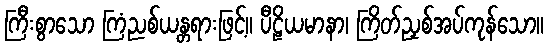
ကြီးစွာသော ကြံညစ်ယန္တရားဖြင့်။ ပီဠိယမာနာ၊ ကြိတ်ညှစ်အပ်ကုန်သော။